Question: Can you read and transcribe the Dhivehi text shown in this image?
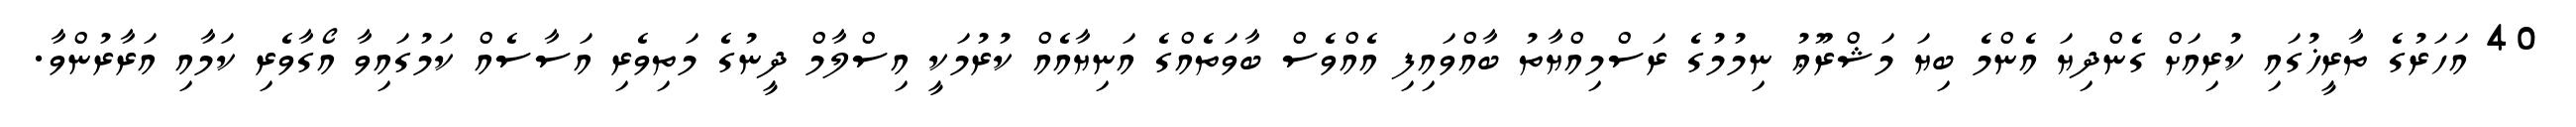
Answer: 40 އަހަރުގެ ތާރީޚުގައި ކުރިއަށް ގެންދިޔަ އެންމެ ބިޔަ މަޝްރޫޢު ނިމުމުގެ ރަސްމިއްޔާތު ބާއްވައިފި އެއްވެސް ބާވަތެއްގެ އަނިޔާއެއް ކުރުމަކީ އިސްލާމް ދީނުގެ މަތިވެރި އަސާސެއް ކަމުގައިވާ އޯގާވެރި ކަމާއި އަރާރުންވާ.